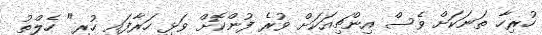
ހުރިހާ ތަނަކަށް ވެސް އިންޗިއަަކަށް ވުރެ ފުންކޮށް ވަޅި ހަރާފައި ހުރި" ހެލްތު